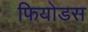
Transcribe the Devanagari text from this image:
फियोडस